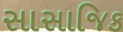
સાસાજિક